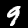
Label: 9